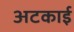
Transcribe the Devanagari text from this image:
अटकाई